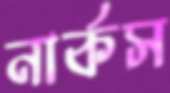
নার্কস